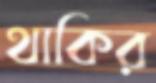
থাকির